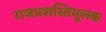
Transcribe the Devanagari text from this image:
राजप्रशस्तिमूलक